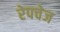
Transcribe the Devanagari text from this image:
रेपचेज